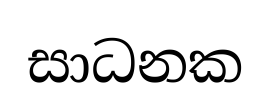
සාධනක